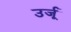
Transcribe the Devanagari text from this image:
उर्जू